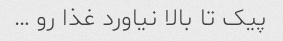
پیک تا بالا نیاورد غذا رو …